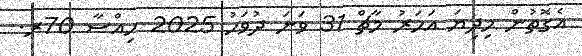
އެގޮތުން މިދިޔަ އަހަރު މާޗް 31 ވަނަ ދުވަހު 2025 ހިއްސާ 70ރ.